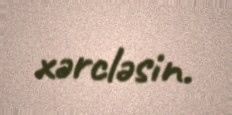
xərcləsin.